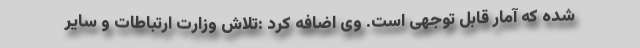
شده که آمار قابل توجهی است. وی اضافه کرد :تلاش وزارت ارتباطات و سایر